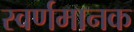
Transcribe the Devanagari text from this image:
स्वर्णमानक